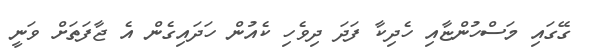
ގޭގައި މަސްހުންޏާއި ހެދިކާ ފަދަ ދިވެހި ކެއުން ހަދައިގެން އެ ޖާފަތަށް ވަނީ